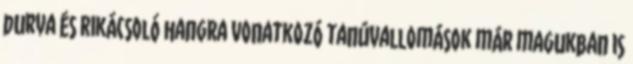
durva és rikácsoló hangra vonatkozó tanúvallomások már magukban is